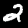
Digit: 2